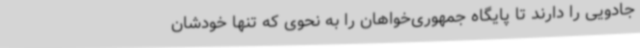
جادویی را دارند تا پایگاه جمهوری‌خواهان را به نحوی که تنها خودشان